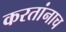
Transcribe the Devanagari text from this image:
करतांनाच